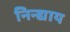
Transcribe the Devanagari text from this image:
निन्द्याय